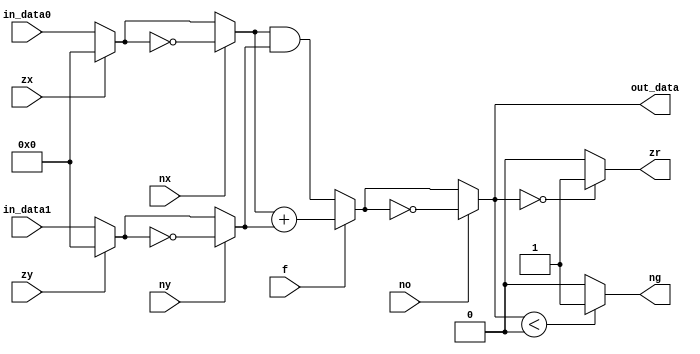
module hack_alu (
    input wire [15:0]   in_data0,
    input wire [15:0]   in_data1,
    input wire          zx,
    input wire          nx,
    input wire          zy,
    input wire          ny,
    input wire          f,
    input wire          no,

    output wire         zr,
    output wire         ng,
    output wire [15:0]  out_data
);

wire [15:0] x0;
wire [15:0] x1;
wire [15:0] y0;
wire [15:0] y1;
wire [15:0] z;

assign x0 = zx ? 0 : in_data0;
assign x1 = nx ? ~x0 : x0;

assign y0 = zy ? 0 : in_data1;
assign y1 = ny ? ~y0 : y0;

assign z = f ? x1 + y1 : x1 & y1;
assign out_data = no ? ~z : z;

assign zr = (out_data == 0) ? 1 : 0;
assign ng = (out_data < 0) ? 1 : 0;

    
endmodule